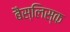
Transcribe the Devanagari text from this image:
बैस्लिस्क